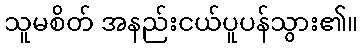
သူမစိတ် အနည်းငယ်ပူပန်သွား၏။